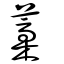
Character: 藁